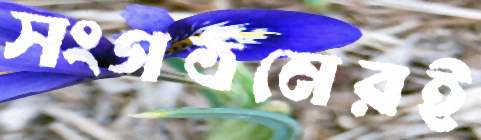
সংগঠনেরই